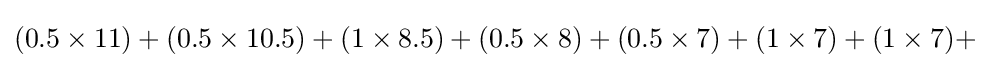
(0.5\times 11)+(0.5\times 10.5)+(1\times 8.5)+(0.5\times 8)+(0.5\times 7)+(1\times 7)+(1\times 7)+